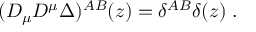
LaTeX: ( D _ { \mu } D ^ { \mu } \Delta ) ^ { A B } ( z ) = \delta ^ { A B } \delta ( z ) \; .